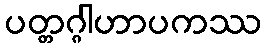
ပတ္တဂ္ဂါဟာပကဿ